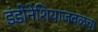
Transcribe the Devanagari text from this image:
इंडोनेशियाजवळचा